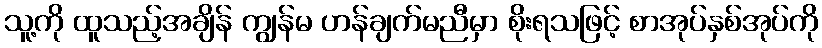
သူ့ကို ထူသည့်အချိန် ကျွန်မ ဟန်ချက်မညီမှာ စိုးရသဖြင့် စာအုပ်နှစ်အုပ်ကို